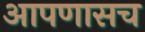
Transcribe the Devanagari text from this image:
आपणासच